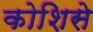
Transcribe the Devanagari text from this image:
कोशिसे